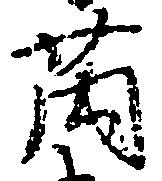
薗